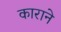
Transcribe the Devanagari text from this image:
काराने